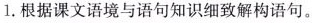
1. 根据课文语境与语句知识细致解构语句。